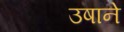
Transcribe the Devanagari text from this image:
उषाने